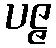
ပဇ္ဇ